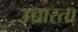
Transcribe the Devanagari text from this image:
उच्चारता